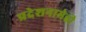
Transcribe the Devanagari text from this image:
प्रदेशनामेही